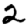
Digit: 2